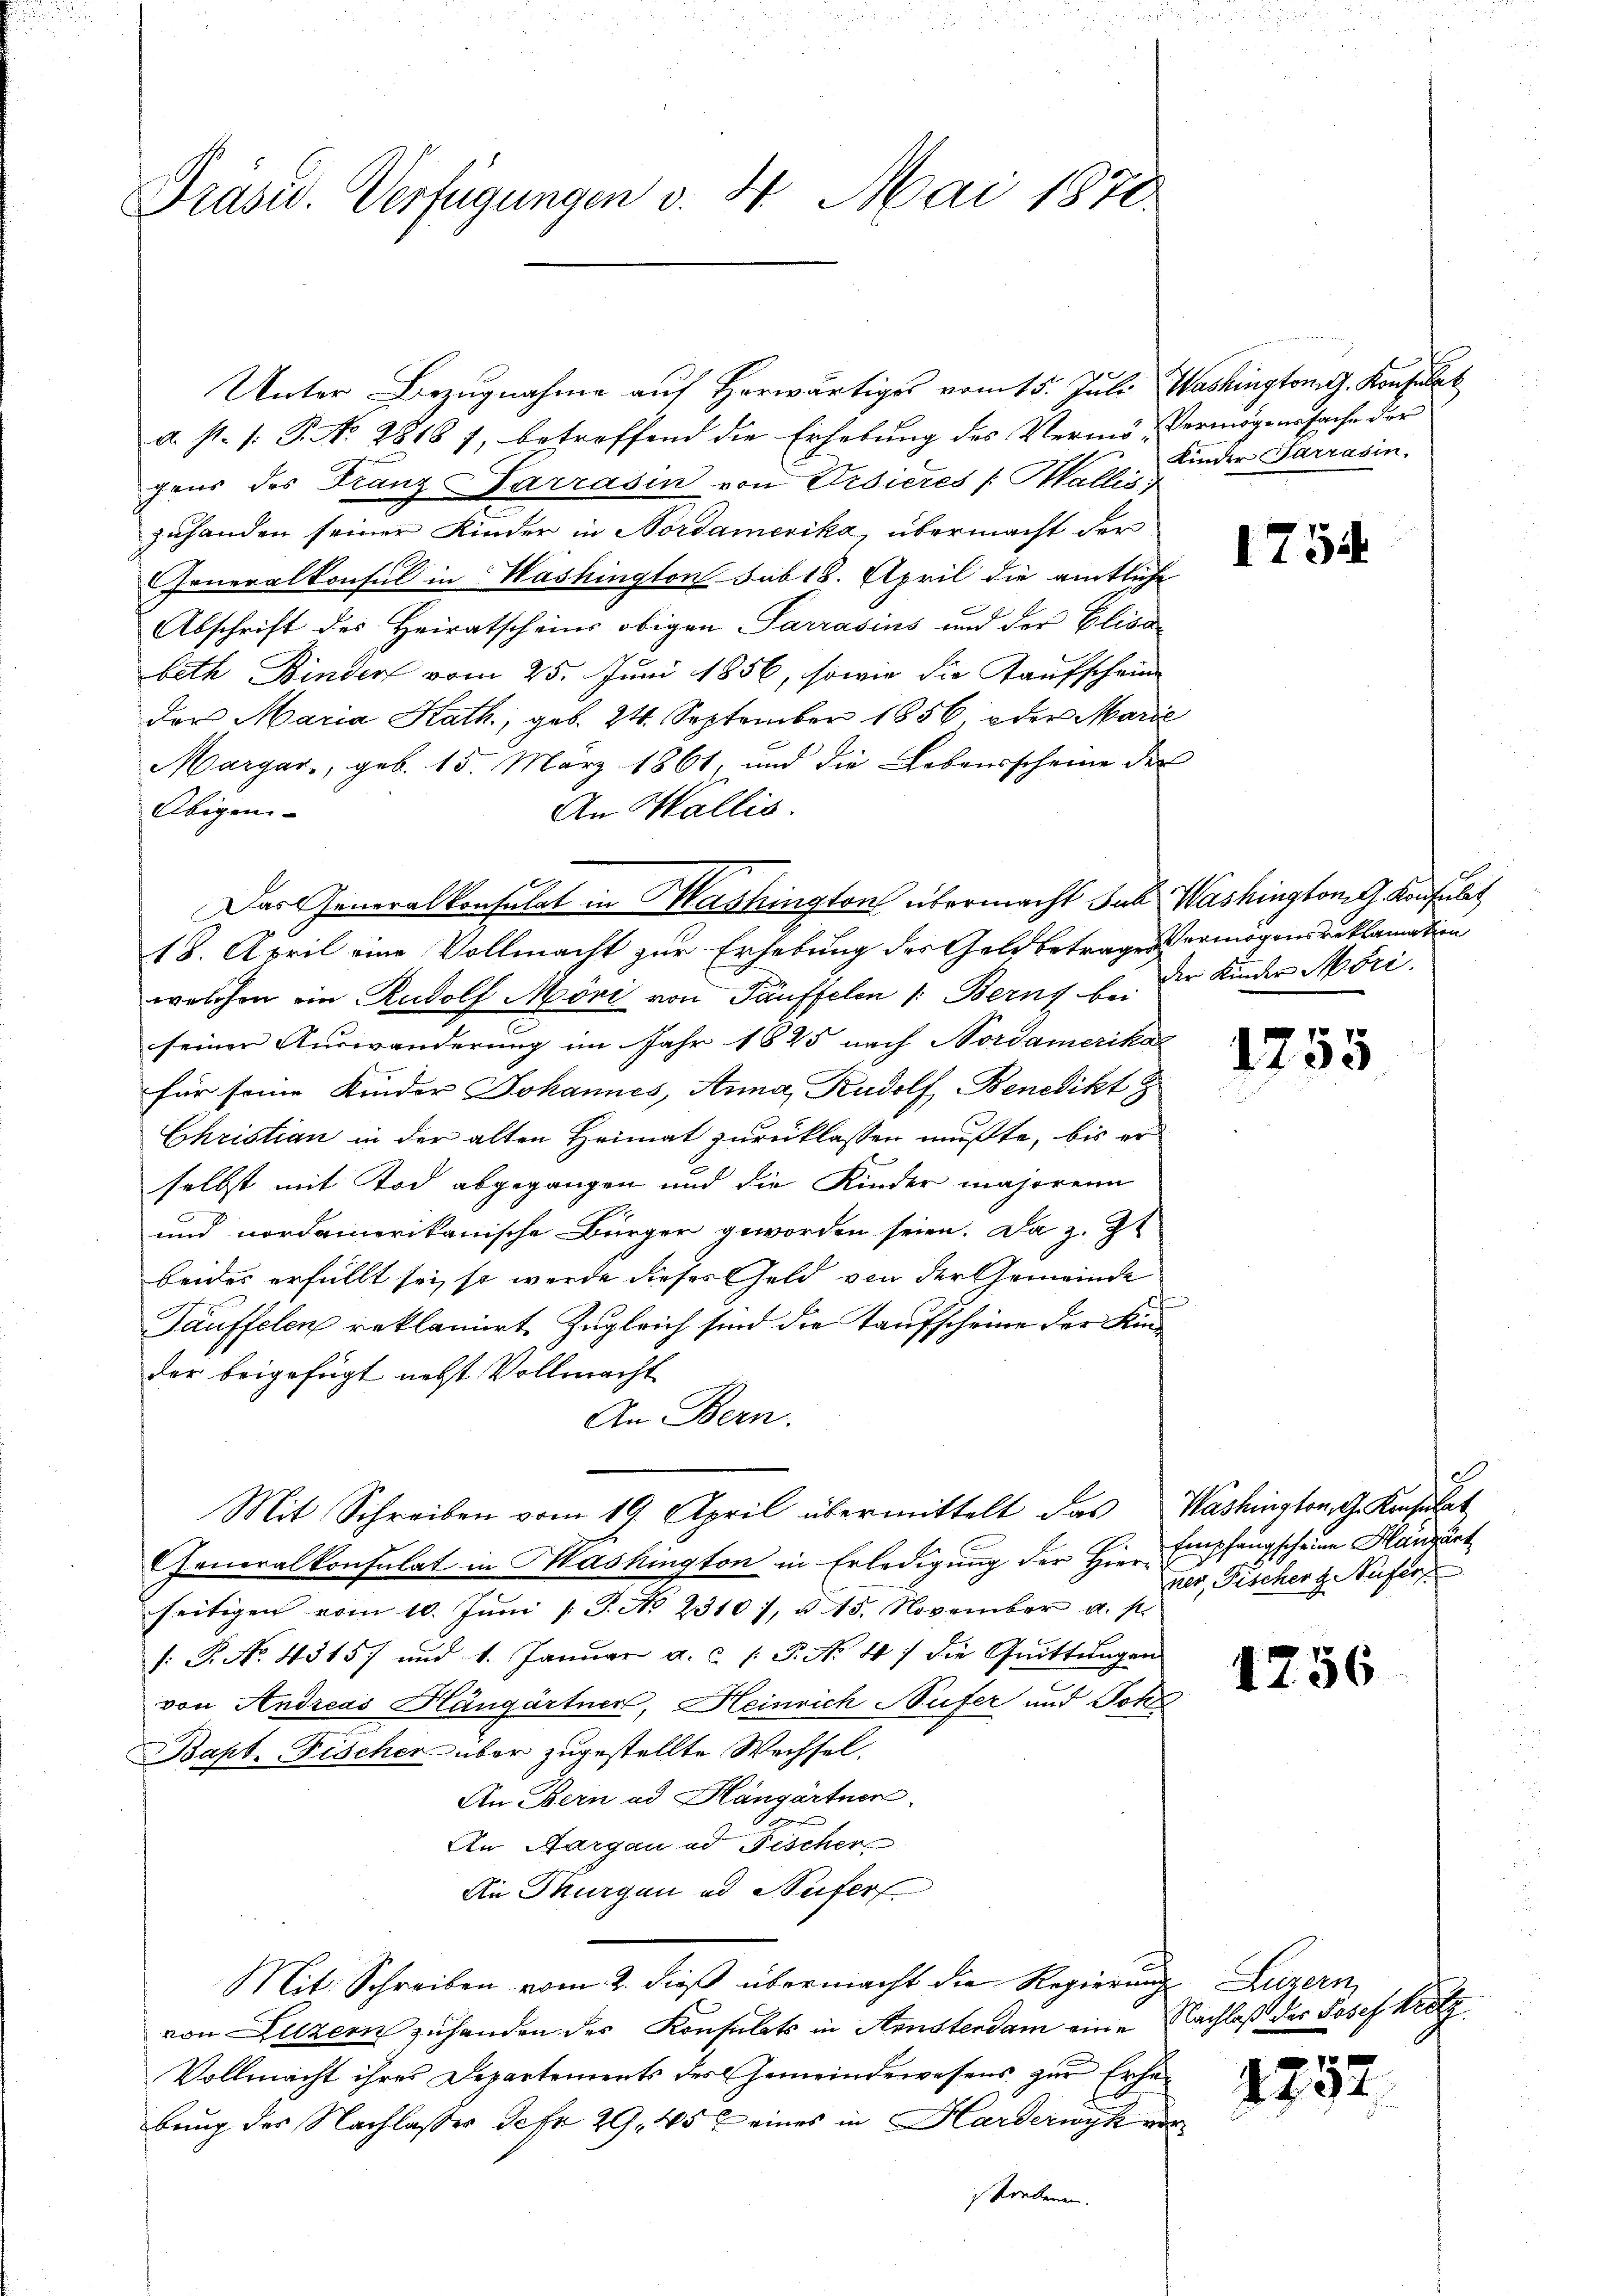
Präsid. Verfügungen v. 4. Mai 1878.

Unter Bezugnahme auf herwärtiges vom 15. Juli Washington J. Konsulat
a. s. 1. P. No. 2818 7, betreffend die Erhebung des Vermö-Vermögenssache der
gens des Franz Sarrasin von Ursieres (Wallis
zuhanden seiner Kinder in Nordamerika, übermacht der
Generalkonsul in Washington sub 18. April die amtliche
Abschrift des Heiratscheins obigen Sarrasius und der Elisa
beth Binder vom 25. Juni 1856, sowie die Kaufscheine
der Maria Kath., geb. 24. September 1856, oder Marie
Margar, geb. 15. März 1861, und die Lebensscheine der
Obigen
An Wallis.
18. April eine Vollmacht zur Erhebung des Geld betrages Vermögensreklamation
welchen ein Rudolf Möni von Täuffelen 1. Berny b. Der Kinder Mori
seiner Auswanderung im Jahr 1825 nach Nordamerikar
für seine Kinder Johannes, Anna, Rudolf Benedikt
Christian in der alten Heimat zurücklassen mußte, bis er
selbst mit Tod abgegangen und die Kinder majorenn
und nordamerikanische Bürger geworden seien. Da z. Zt
beides erfüllt sei, so wurde dieses Geld von der Gemeinde
e
Täuffelen reklamiert, Zugleich sind die Taufscheine der Kinder beigefügt nebst Vollmacht
An Bern.
Mit Schreiben vom 19. April übermittelt das Washington, G. Konsulat
Generalkonsulat in Mashington in Erledigŭng der Hier Empfangscheine Handant
seitigen vom 10. Juni / P. No 23107, § 15. November a. p.
1: P. No. 43157 und 1. Januar a.c. (T. No 47 die Quittungen
von Andreas Hängärtner, Heinrich Nufer und Sohn
Bapt. Fischer über zugestellte Wechsel.
An Bern ad Hangärtner
An Aargau ad Fischer
An Thurgau ad Stufer
Mit Schreiben vom 2. dieβ übermacht die Regierung Luzern,
von Luzern zuhanden des Konsulats in Neusterdam eine Nachlaß der Josef Kretz
Vollmacht ihres Departements des Gemeindewesens zur Erhebung des Nachlasses Gefr 29. 457 eines in Harderwyk vorstrebenen.

Das Generalkonsulat in Mashington übermacht Jak. Washington Konsulat

Kinder Sarrasin.

1754

1755

8
ner, Fischer H. Aufer

1256

1252